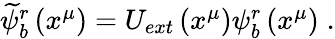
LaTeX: \begin{array}{r}{\widetilde{\psi}_{b}^{r}\left(x^{\mu}\right)=U_{ext}\left(x^{\mu}\right)\psi_{b}^{r}\left(x^{\mu}\right)\; .}\end{array}